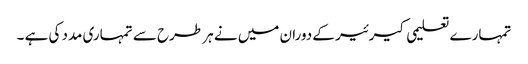
تمہارے تعلیمی کیرئیر کے دوران میں نے ہر طرح سے تمہاری مدد کی ہے ۔